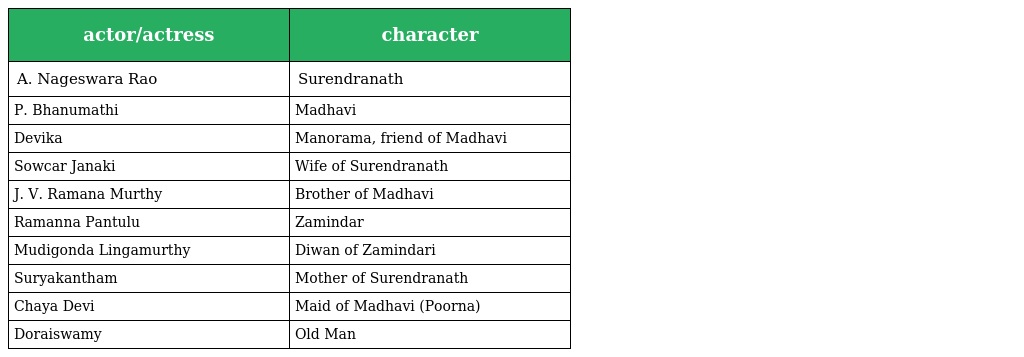
| actor/actress | character |
 | --- | --- |
 | A. Nageswara Rao | Surendranath |
 | P. Bhanumathi | Madhavi |
 | Devika | Manorama, friend of Madhavi |
 | Sowcar Janaki | Wife of Surendranath |
 | J. V. Ramana Murthy | Brother of Madhavi |
 | Ramanna Pantulu | Zamindar |
 | Mudigonda Lingamurthy | Diwan of Zamindari |
 | Suryakantham | Mother of Surendranath |
 | Chaya Devi | Maid of Madhavi (Poorna) |
 | Doraiswamy | Old Man |